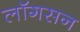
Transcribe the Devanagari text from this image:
लॉगसन